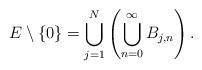
LaTeX: \begin{align*}E\setminus\{0\}=\bigcup_{j=1}^{N}\left(\bigcup_{n=0}^{\infty}B_{j,n}\right).\end{align*}